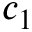
c _ { 1 }